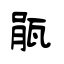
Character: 瓹